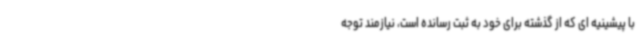
با پیشینیه ای که از گذشته برای خود به ثبت رسانده است، نیازمند توجه